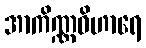
အာကိဏ္ဏဝိဟာရေ